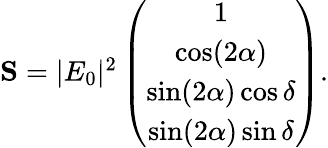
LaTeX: \begin{array}{r}{{\mathbf S}=|E_{0}|^{2}\left(\begin{array}{c}{1}\\ {\cos(2\alpha)}\\ {\sin(2\alpha)\cos\delta}\\ {\sin(2\alpha)\sin\delta}\end{array}\right).}\end{array}